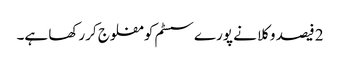
2 فیصد وکلا نے پورےسسٹم کو مفلوج کررکھا ہے۔